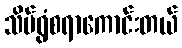
သိပ်ရွံစရာကောင်းတယ်